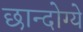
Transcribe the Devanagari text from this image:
छान्दोग्ये